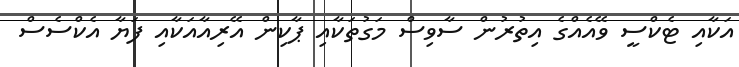
އަކާއި ޓެކްސީ ވޭއެއްގެ އިތުރުން ސާވިސް މަގުތަކާއި ޕާކިން އޭރިއާއަކާއި ފަޔާ އެކްސެސް